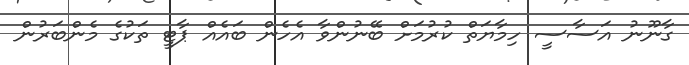
ގާނޫނު އަސާސީ ހިމާޔަތް ކުރުމަށް ބޭނުންވާ އެހެން ބައެއް ޕާޓީ ތަކުގެ މެންބަރުން